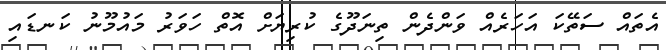
އެތައް ސަތޭކަ އަހަރެއް ވަންދެން ތިނަދޫގެ ކުރިޔަށް އޮތް ހަވަރު މައުމޫނު ކަނޑައި